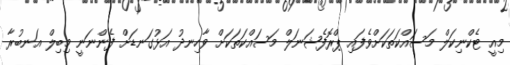
މިއީ ޓެކްނިކަލް މަސައްކަތަކަށްވެފައި ޕްރޮފެޝަނަލް މަސައްކަތަކަށް ވާހިނދު އަޅުގަނޑަށް ފެންނަނީ މިބިލް އަނބުރާ